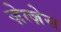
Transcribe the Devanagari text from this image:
ज़ेत्ज़ेस